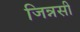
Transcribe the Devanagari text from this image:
जिन्नसी